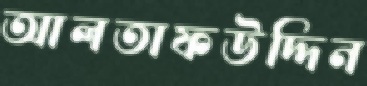
আলতাফউদ্দিন